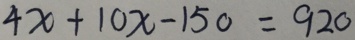
4 x + 1 0 x - 1 5 0 = 9 2 0